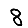
Digit: 8